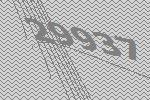
29937